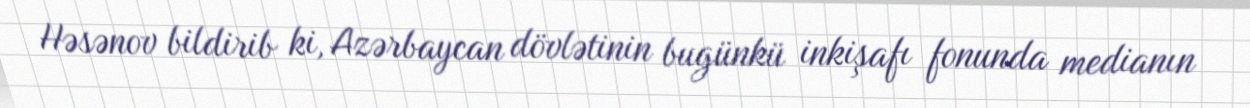
Həsənov bildirib ki, Azərbaycan dövlətinin bugünkü inkişafı fonunda medianın